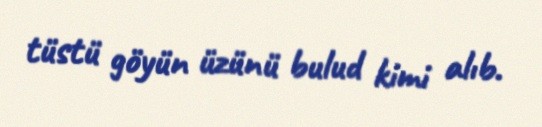
tüstü göyün üzünü bulud kimi alıb.